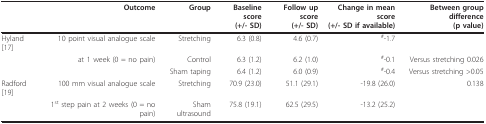
<table><thead><tr><td></td><td><b>Outcome</b></td><td><b>Group</b></td><td><b>Baseline score(+/- SD)</b></td><td><b>Follow up score(+/- SD)</b></td><td><b>Change in mean score(+/- SD if available)</b></td><td><b>Between group difference(p value)</b></td></tr></thead><tbody><tr><td>Hyland [17]</td><td>10 point visual analogue scale</td><td>Stretching</td><td>6.3 (0.8)</td><td>4.6 (0.7)</td><td><sup>#</sup>-1.7</td><td></td></tr><tr><td></td><td>at 1 week (0 = no pain)</td><td>Control</td><td>6.3 (1.2)</td><td>6.2 (1.0)</td><td><sup>#</sup>-0.1</td><td>Versus stretching 0.026</td></tr><tr><td></td><td></td><td>Sham taping</td><td>6.4 (1.2)</td><td>6.0 (0.9)</td><td><sup>#</sup>-0.4</td><td>Versus stretching &gt;0.05</td></tr><tr><td>Radford [19]</td><td>100 mm visual analogue scale</td><td>Stretching</td><td>70.9 (23.0)</td><td>51.1 (29.1)</td><td>-19.8 (26.0)</td><td>0.138</td></tr><tr><td></td><td>1<sup>st </sup>step pain at 2 weeks (0 = no pain)</td><td>Sham ultrasound</td><td>75.8 (19.1)</td><td>62.5 (29.5)</td><td>-13.2 (25.2)</td><td></td></tr></tbody></table>